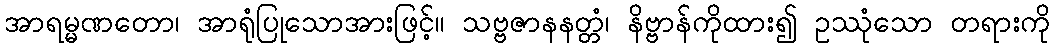
အာရမ္မဏတော၊ အာရုံပြုသောအားဖြင့်။ သဗ္ဗဇာနနတ္တံ၊ နိဗ္ဗာန်ကိုထား၍ ဥဿုံသော တရားကို